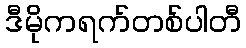
ဒီမိုကရက်တစ်ပါတီ